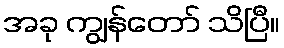
အခု ကျွန်တော် သိပြီ။